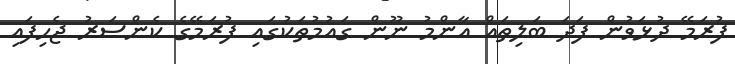
ފުރަމޭ ދުޅަވުން ފަދަ ބަލިތައް އާންމު ނޫން ގައުމުތަކުގައި ފުރަމޭގެ ކެންސަރު ޖެހިފައި